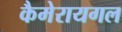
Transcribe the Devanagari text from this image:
कैमेरायगल